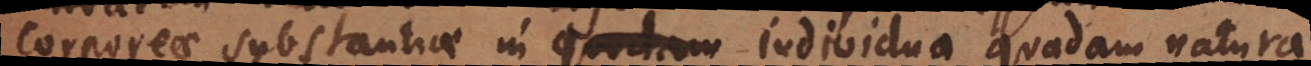
corporeae substantiae in individua quadam natura